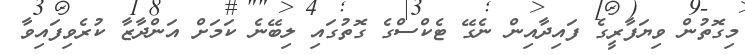
މިގޮތުން ވިޔަފާރީގެ ފައިދާއިން ނެގޭ ޓެކްސްގެ ގޮތުގައި ލިބޭނެ ކަމަށް އަންދާޒާ ކުރެވިފައިވާ